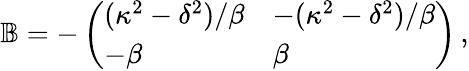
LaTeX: \begin{array}{r}{\mathbb{B}=-\left(\begin{array}{ll}{(\kappa^{2}-\delta^{2})/\beta}&{-(\kappa^{2}-\delta^{2})/\beta}\\ {-\beta}&{\beta}\end{array}\right)\, ,}\end{array}